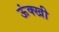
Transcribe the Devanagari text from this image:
ऊंक्खी